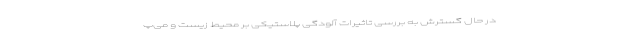
در حال گسترش به بررسی تاثیرات آلودگی پلاستیکی بر محیط زیست و می‌پ